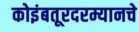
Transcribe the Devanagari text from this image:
कोइंबतूरदरम्यानचे